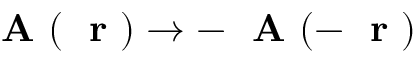
\mathrm { ~ \bf ~ A ~ } ( \mathrm { ~ \bf ~ r ~ } ) \to - \mathrm { ~ \bf ~ A ~ } ( - \mathrm { ~ \bf ~ r ~ } )